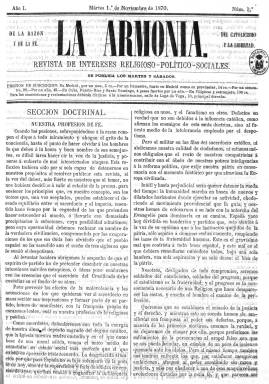
Título: La Armonía (Madrid)
Colección: Religión || Política
Ámbito geográfico: Madrid
Lugar de publicación: Madrid
Fechas: 01/11/1870-20/10/1871

“De tantas religiones como se profesan en el mundo, solamente la religión del Crucificado es la que tiene perfecta armonía con las luces de la razón y la libertad”. Esta es la profesión de fe de esta publicación religiosa cuyo objeto declarado era defender los intereses de la Iglesia y del clero católico español. Sin embargo, su talante era liberal: “El Evangelio admite todas las formas de Gobierno y a todas somos obligados a respetar”.

    De aparición bisemanal, martes y sábados, el director de La Armonía  era el presbítero Julián Jiménez Cordón, sus redactores y colaboradores eran sacerdotes e  iba dirigida a los eclesiásticos de toda España, a los que se invitaba a suscribirse y a participar accionarialmente en la publicación.

   Subtitulada Revista de intereses religioso-político- sociales y con ocho páginas por número, la publicación estaba dividida en cinco secciones: las dos primeras de tono doctrinal dedicadas a asuntos religiosos en sus relaciones con la política y la sociedad, así como a cuestiones puramente políticas de interés general; en la tercera sección se repasaba lo publicado por otros medios; la cuarta estaba dedicada a los asuntos oficiales, tanto civiles como eclesiásticos; y la quinta informaba del movimiento del personal del clero:  defunciones, traslados, etc., además de insertar las colaboraciones de los lectores.

    Entre los redactores de La Armonía figuraba Santos de la Hoz, que acabaría colgando los hábitos para meterse en política en el partido progresista y luego en el republicano de Ruiz-Zorrilla, siendo elegido diputado por Guadalajara en las elecciones de 1872.

    Nacida en una época convulsa en la que se buscaba un Rey para España tras el destronamiento de Isabel II y la promulgación de una Constitución democrática, la publicación apareció en su número 19 de 3 de enero de 1871 con un marco negro en su portada para dar cuenta del asesinato del general Prim, el valedor del rey Amadeo de Saboya recién jurado en las Cortes. La revista llegó a abrir una suscripción para levantar un monumento a la memoria de Prim.

   A lo largo de 1871 y debido a sus dificultades económicas, La Armonía fue recortando su número de páginas para dejarlas en cuatro. Hasta que finalmente el 20 de octubre de ese año apareció sólo para anunciar que suspendía la publicación por la irregularidad con que se recaudaba el importe de las suscripciones, “debido sin duda a la escasez y penuria porque atraviesa el clero”.

    Tampoco ayudaba a la revista el hecho de que una gran parte del clero era antiliberal y apoyaba posiciones ultracatólicas o carlistas.

[Descripción publicada el 14/02/2019]